Report on the working of the mental hospitals for Indians in Bihar and Orissa - 1925-1929
Year: 1925
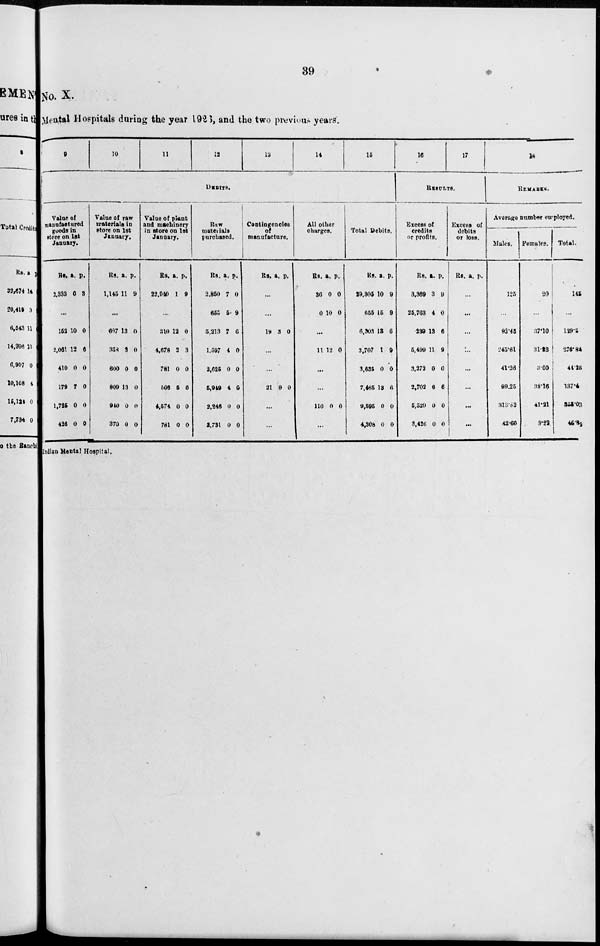
39
No. X.
Mental Hospitals during the year 1926, and the two previous years.
9
10
11
12
13
14
15
DEBITS.
Value of
manufactured
goods in
store on 1st
January.
Rs.
2,333
a.
6
p.
3
...
152
2,061
410
179
1,725
426
10
12
0
7
0
0
0
6
0
0
0
0
Value of raw
materials in
store on 1st
January.
Rs.
1,145
a.
11
p.
9
...
697
358
600
809
940
370
13
3
0
13
0
0
0
0
0
0
0
0
Value of plant
and machinery
in store on 1st
January.
Rs.
22,940
a.
1
p.
9
...
310
4,678
781
506
4,574
781
12
2
0
5
0
0
0
3
0
6
0
0
Raw
materials
purchased.
Rs.
2,850
655
5,213
1,597
2,625
5,949
2,246
2,731
a.
7
5
7
4
0
4
0
0
p.
0
9
6
0
0
0
0
0
Contingencies
of
manufacture.
Rs. a. p.
...
...
19 3 0
...
...
21 0 0
...
...
All other
charges.
Rs.
36
0
a.
0
10
p.
0
0
...
11 12 0
...
...
110 0 0
...
Total Debits.
Rs.
29,305
655
6,303
3,707
3,635
7,465
9,595
4,308
a.
10
15
13
1
0
13
0
0
p.
9
9
6
9
0
6
0
0
16
17
RESULTS.
Excess of
credits
or profits.
Rs.
3,369
25,763
239
5,499
3,272
2,702
5,529
3,426
a.
3
4
13
11
0
6
0
0
p.
9
0
6
9
0
6
0
0
Excess of
debits
or loss.
Rs. a. p.
...
...
...
...
...
...
...
...
18
REMARKS.
Average number employed.
Males.
125
...
92.45
245.61
41.26
99.25
313.82
42.60
Females.
20
...
37.10
31.23
3.00
38.16
41.21
3.22
Total.
145
...
129.5
276.84
44.26
137.4
355.03
45.82
Indian Mental Hospital.